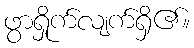
ဖွာရှိုက်လျက်ရှိ၏။